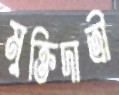
মুক্তিদাত্রী